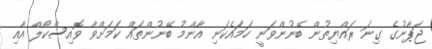
ޖަޕާނުގެ ގިނަ ރައްޔިތުން ބޭނުންވަނީ ހަމައެކަނި އާންމު ބޭނުންތައް ކަމަށްވާ ވޮއިސްކޯލް އާއި